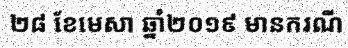
២៨ ខែមេសា ឆ្នាំ២០១៩ មានករណី